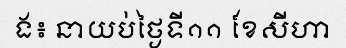
ង៖ នាយប់ថ្ងៃទី១១ ខែសីហា